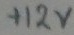
Text: +12V